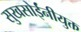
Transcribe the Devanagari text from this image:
सुखसोईंनीयुक्त